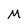
Character: M